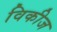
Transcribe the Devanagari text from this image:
विकीज